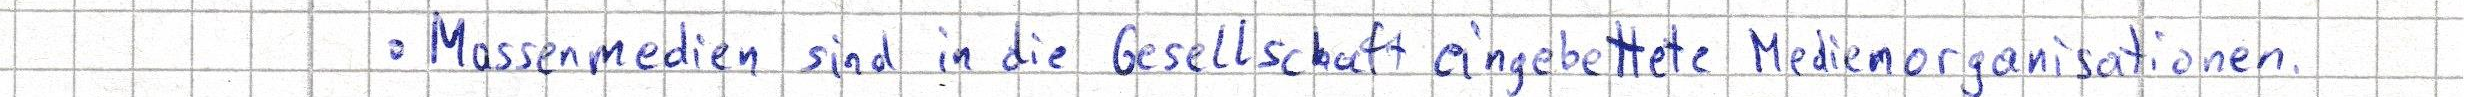
- Massenmedien sind in die Gesellschaft eingebettete Medienorganisationen.